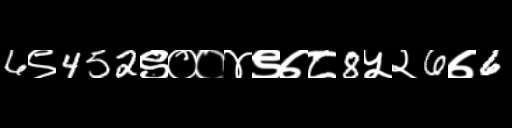
Text: 6९452९००४९७८8५२6७6